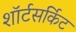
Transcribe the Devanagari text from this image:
शॉर्टसर्किट